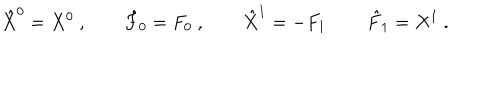
\hat { X } ^ { 0 } = X ^ { 0 } \ , \qquad \hat { F } _ { 0 } = F _ { 0 } \ , \qquad \hat { X } ^ { 1 } = - F _ { 1 } \, \qquad \hat { F } _ { 1 } = X ^ { 1 } \ .